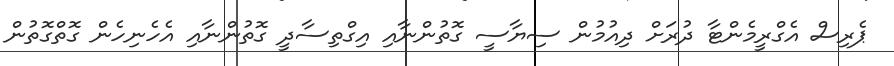
ޕެރިސް އެގްރީމެންޓާ ދުރަށް ދިއުމުން ސިޔާސީ ގޮތުންނާއި އިގްތިސާދީ ގޮތުންނާއި އެހެނިހެން ގޮތްގޮތުން